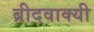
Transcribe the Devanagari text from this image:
ब्रीदवाक्यी